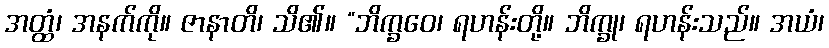
အတ္ထံ၊ အနက်ကို။ ဇာနာတိ၊ သိ၏။ “ဘိက္ခဝေ၊ ရဟန်းတို့။ ဘိက္ခု၊ ရဟန်းသည်။ အယံ၊